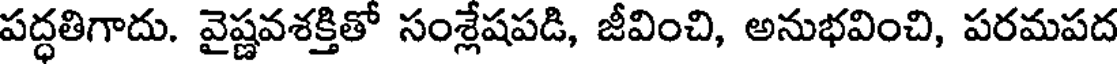
పద్ధతిగాదు. వైష్ణవశక్తితో సంశ్లేషపడి, జీవించి, అనుభవించి, పరమపద